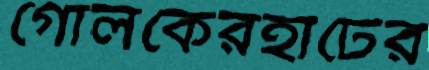
গোলকেরহাটের